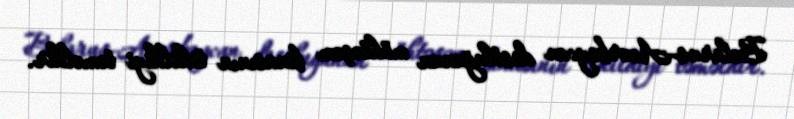
Belarus-Azərbaycan dostluğunun möhtəşəm binasının tikildiyi təməldir.